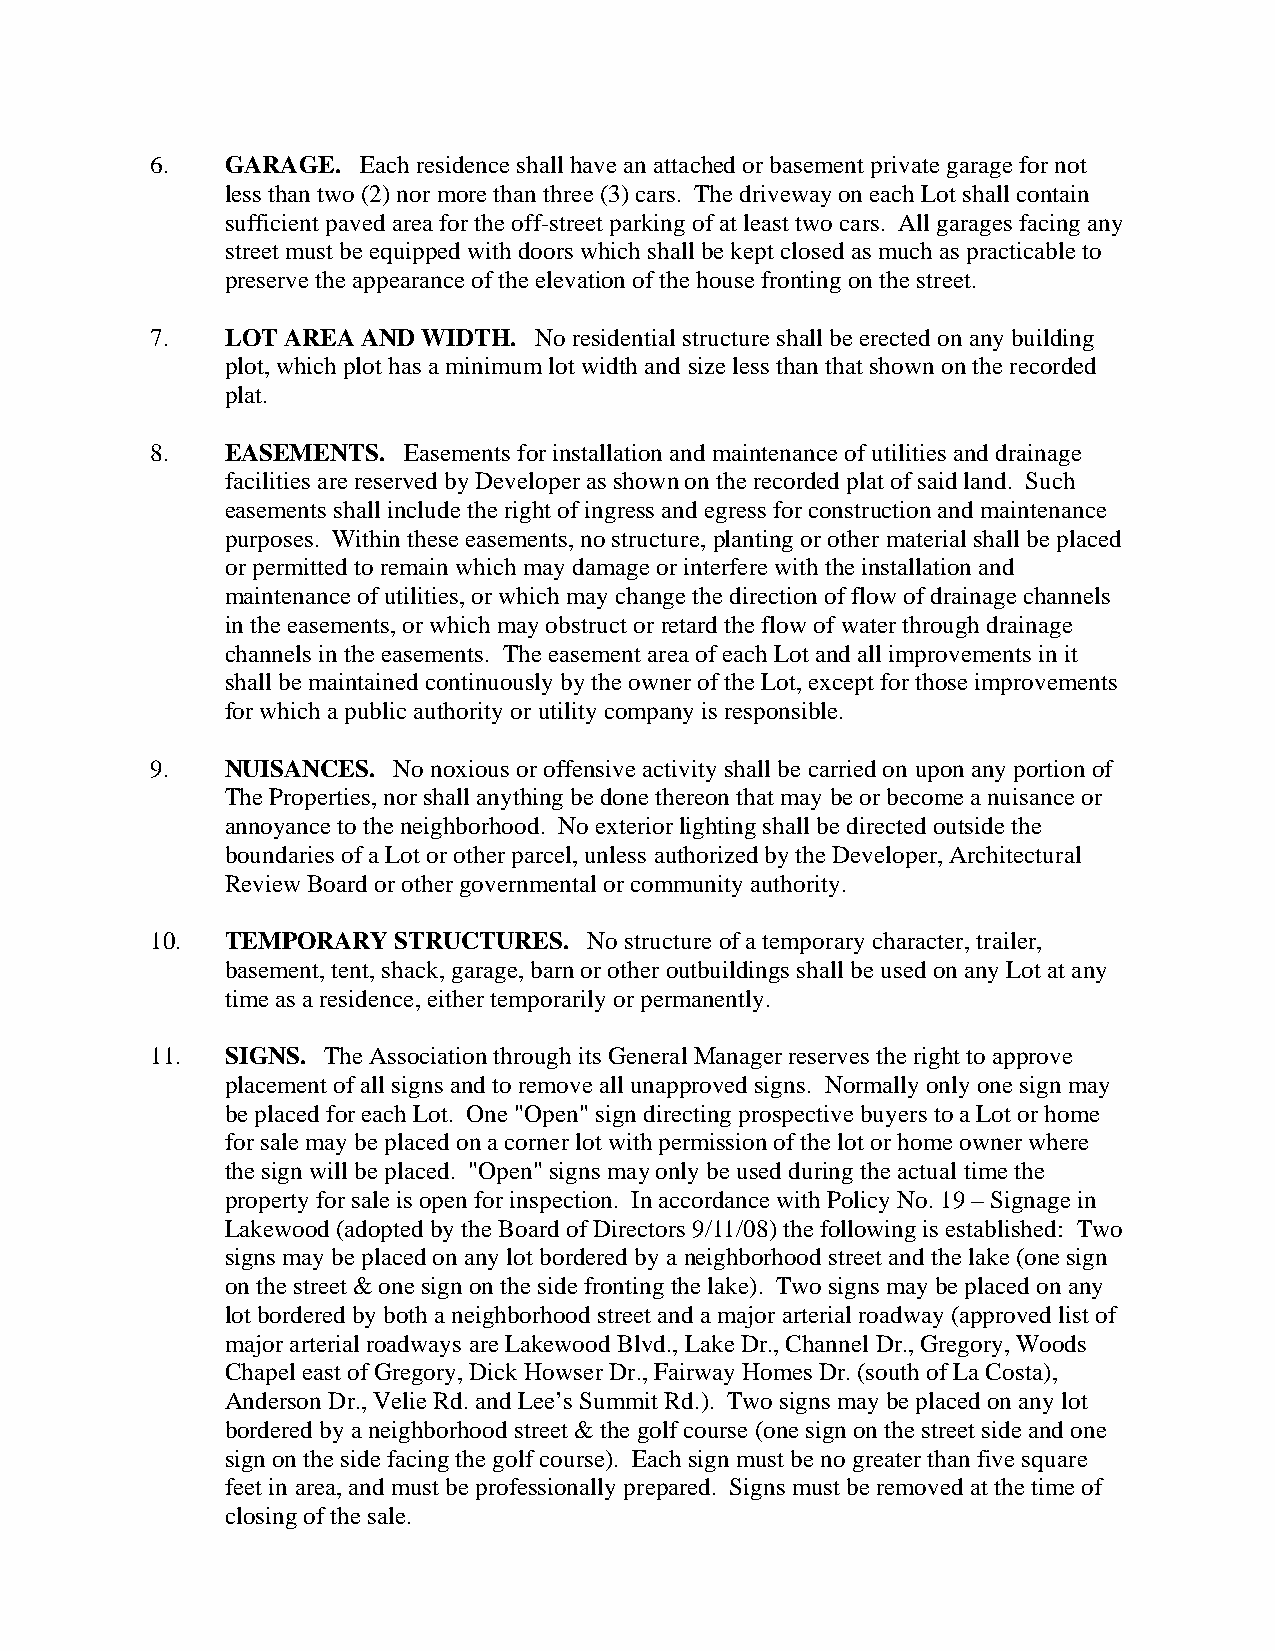
6.   GARAGE.  Each residence shall have an attached or basement private garage for not
 less than two (2) nor more than three (3) cars. The driveway on each Lot shall contain
 sufficient paved area for the off-street parking of at least two cars. All garages facing any
 street must be equipped with doors which shall be kept closed as much as practicable to
 preserve the appearance of the elevation of the house fronting on the street.
 7.   LOT AREA AND WIDTH. No residential structure shall be erected on any building
 plot, which plot has a minimum lot width and size less than that shown on the recorded
 plat.
 8.   EASEMENTS.  Easements for installation and maintenance of utilities and drainage
 facilities are reserved by Developer as shown on the recorded plat of said land. Such
 easements shall include the right of ingress and egress for construction and maintenance
 purposes. Within these easements, no structure, planting or other material shall be placed
 or permitted to remain which may damage or interfere with the installation and
 maintenance of utilities, or which may change the direction of flow of drainage channels
 in the easements, or which may obstruct or retard the flow of water through drainage
 channels in the easements. The easement area of each Lot and all improvements in it
 shall be maintained continuously by the owner of the Lot, except for those improvements
 for which a public authority or utility company is responsible.
 9.   NUISANCES. No noxious or offensive activity shall be carried on upon any portion of
 The Properties, nor shall anything be done thereon that may be or become a nuisance or
 annoyance to the neighborhood. No exterior lighting shall be directed outside the
 boundaries of a Lot or other parcel, unless authorized by the Developer, Architectural
 Review Board or other governmental or community authority.
 10.  TEMPORARY  STRUCTURES.  No structure of a temporary character, trailer,
 basement, tent, shack, garage, barn or other outbuildings shall be used on any Lot at any
 time as a residence, either temporarily or permanently.
 11.  SIGNS. The Association through its General Manager reserves the right to approve
 placement of all signs and to remove all unapproved signs. Normally only one sign may
 be placed for each Lot. One "Open" sign directing prospective buyers to a Lot or home
 for sale may be placed on a corner lot with permission of the lot or home owner where
 the sign will be placed. "Open" signs may only be used during the actual time the
 property for sale is open for inspection. In accordance with Policy No. 19 – Signage in
 Lakewood (adopted by the Board of Directors 9/11/08) the following is established: Two
 signs may be placed on any lot bordered by a neighborhood street and the lake (one sign
 on the street & one sign on the side fronting the lake). Two signs may be placed on any
 lot bordered by both a neighborhood street and a major arterial roadway (approved list of
 major arterial roadways are Lakewood Blvd., Lake Dr., Channel Dr., Gregory, Woods
 Chapel east of Gregory, Dick Howser Dr., Fairway Homes Dr. (south of La Costa),
 Anderson Dr., Velie Rd. and Lee’s Summit Rd.). Two signs may be placed on any lot
 bordered by a neighborhood street & the golf course (one sign on the street side and one
 sign on the side facing the golf course). Each sign must be no greater than five square
 feet in area, and must be professionally prepared. Signs must be removed at the time of
 closing of the sale.